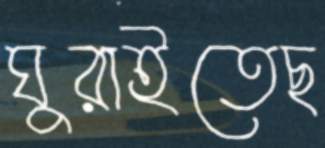
ঘুরাইতেছ